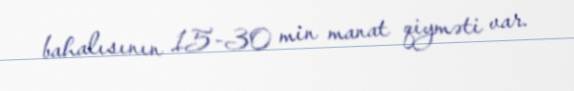
bahalısının 15-30 min manat qiyməti var.